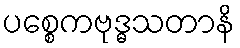
ပစ္စေကဗုဒ္ဓသတာနိ